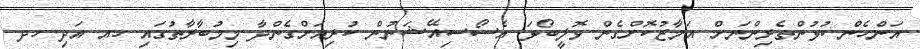
އަންހެން ކުޅުންތެރިންނަށް އަމާޒުކޮށްގެން ވޮލީބޯޅަ އެސޯސިއޭޝަނުން ކުރިއަށްގެންދާ މިމުބާރާތުގައި ހއ އަދި ހދ